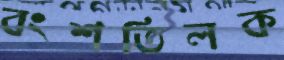
বংশতিলক